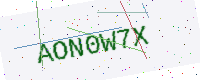
Text: AON0W7X